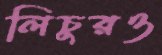
লিচুরও